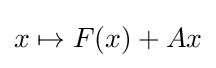
x\mapsto F(x)+Ax